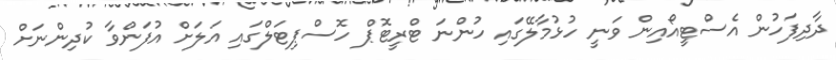
ދާދިފަހުން އެސްޓީއޯއިން ވަނީ ހުޅުމާލޭގައި ހުންނަ ޓްރީޓޮޕް ހޮސްޕިޓަލްގައި އަލަށް އުފަންވާ ކުދިންނަށް